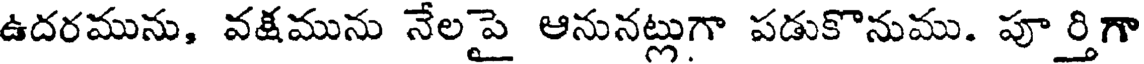
ఉదరమును, వక్షమును నేలపై ఆనునట్లుగా పడుకొనుము. పూర్తిగా